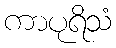
ကာပုရိသံ